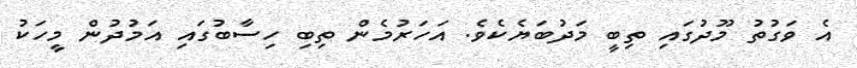
އެ ވަގުތު މޫދުގައި ތިބީ މަދުބަޔެކެވެ. އަހަރުމެން ތިބި ހިސާބުގައި އަމުދުން މީހަކު